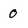
Character: 0